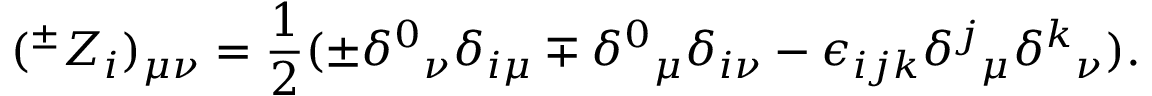
( ^ { \pm } Z _ { i } ) _ { \mu \nu } = \frac { 1 } { 2 } ( \pm \delta ^ { 0 } { } _ { \nu } \delta _ { i \mu } \mp \delta ^ { 0 } { } _ { \mu } \delta _ { i \nu } - \epsilon _ { i j k } \delta ^ { j } { } _ { \mu } \delta ^ { k } { } _ { \nu } ) .